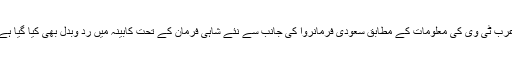
عرب ٹی وی کی معلومات کے مطابق سعودی فرمانروا کی جانب سے نئے شاہی فرمان کے تحت کابینہ میں رد وبدل بھی کیا گیا ہے۔